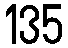
135